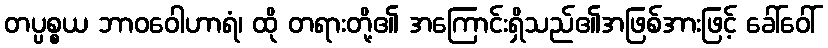
တပ္ပစ္စယ ဘာဝဝေါဟာရံ၊ ထို တရားတို့၏ အကြောင်းရှိသည်၏အဖြစ်အားဖြင့် ခေါ်ဝေါ်